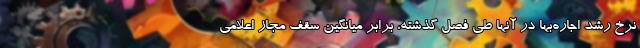
نرخ رشد اجاره‌بها در آنها طی فصل گذشته، برابر میانگین سقف مجاز اعلامی